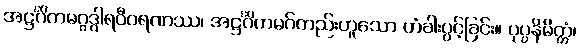
အဋ္ဌင်္ဂိကမဂ္ဂဒွါရဝီဝရဏဿ၊ အဋ္ဌင်္ဂိကမဂ်တည်းဟူသော တံခါးပွင့်ခြင်း။ ပုပ္ပနိမိတ္တံ၊